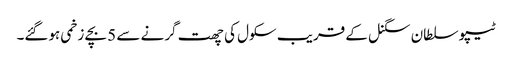
ٹیپو سلطان سگنل کے قریب سکول کی چھت گرنے سے 5 بچے زخمی ہوگئے۔